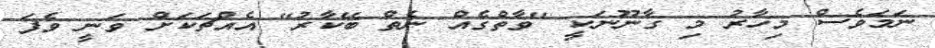
ނަމަވެސް މިހާރު މި ގާނޫނަކީ "ވާތްގެއް ނެތް ބޭކާރު" އެއްޗަކަށް ވަނީ ވެފަ